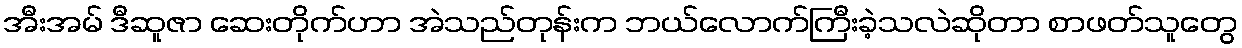
အီးအမ် ဒီဆူဇာ ဆေးတိုက်ဟာ အဲသည်တုန်းက ဘယ်လောက်ကြီးခဲ့သလဲဆိုတာ စာဖတ်သူတွေ